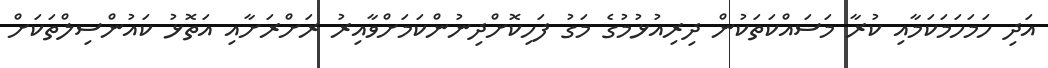
އަދި ހަމަހަމަކަމާއި ކުރާ މަސައްކަތަކުން ދިރިއުޅުމުގެ މަގު ފަހިކޮށްދިނުންކަމަށްވާއިރު ރަށްރަށާއި އަތޮޅު ކައުންސިލްތަކަށް